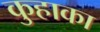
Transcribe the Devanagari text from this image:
कुहाका